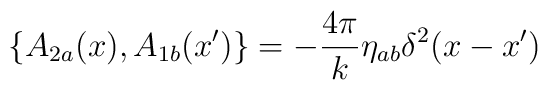
\{A_{2a}(x),A_{1b}(x')\}=-\frac{4\pi}{k}\eta_{ab}\delta^2(x-x')